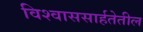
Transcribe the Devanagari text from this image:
विश्वाससार्हतेतील